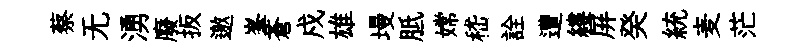
蔡无湧廢扳邀峯蒼戍雄墁胝嫦嵇詮遭縷屏癸統麦茫